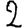
Digit: 2